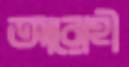
আরোহী